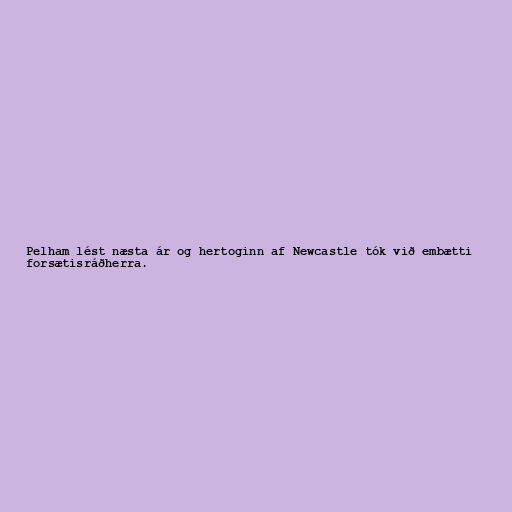
Pelham lést næsta ár og hertoginn af Newcastle tók við embætti
forsætisráðherra.